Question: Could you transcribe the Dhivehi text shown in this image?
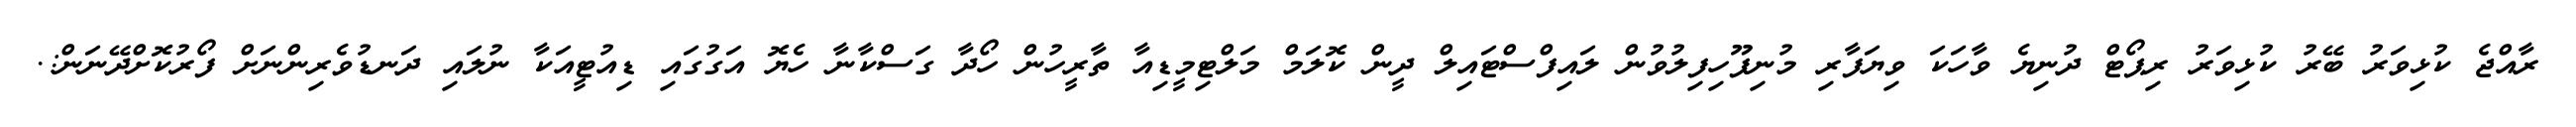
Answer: ރާއްޖެ ކުޅިވަރު ބޭރު ކުޅިވަރު ރިޕޯޓް ދުނިޔެ ވާހަކަ ވިޔަފާރި މުނިފޫހިފިލުވުން ލައިފްސްޓައިލް ދީން ކޮލަމް މަލްޓިމީޑިއާ ތާރީހުން ހޯދާ ގަސްކާނާ ހެޔޮ އަގުގައި ޑިއުޓީއަކާ ނުލައި ދަނޑުވެރިންނަށް ފޯރުކޮށްދޭނަން:.